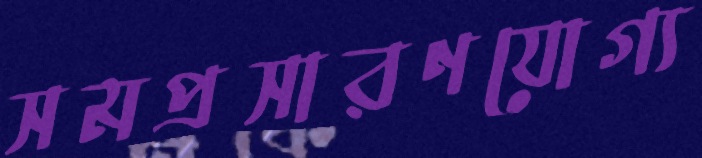
সমপ্রসারণযোগ্য